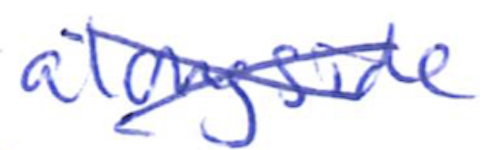
Text: alongside
Cross-out: mix
Writing tool: ballpoint